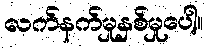
လက်နက်မှုနှစ်မှုပေါ့။